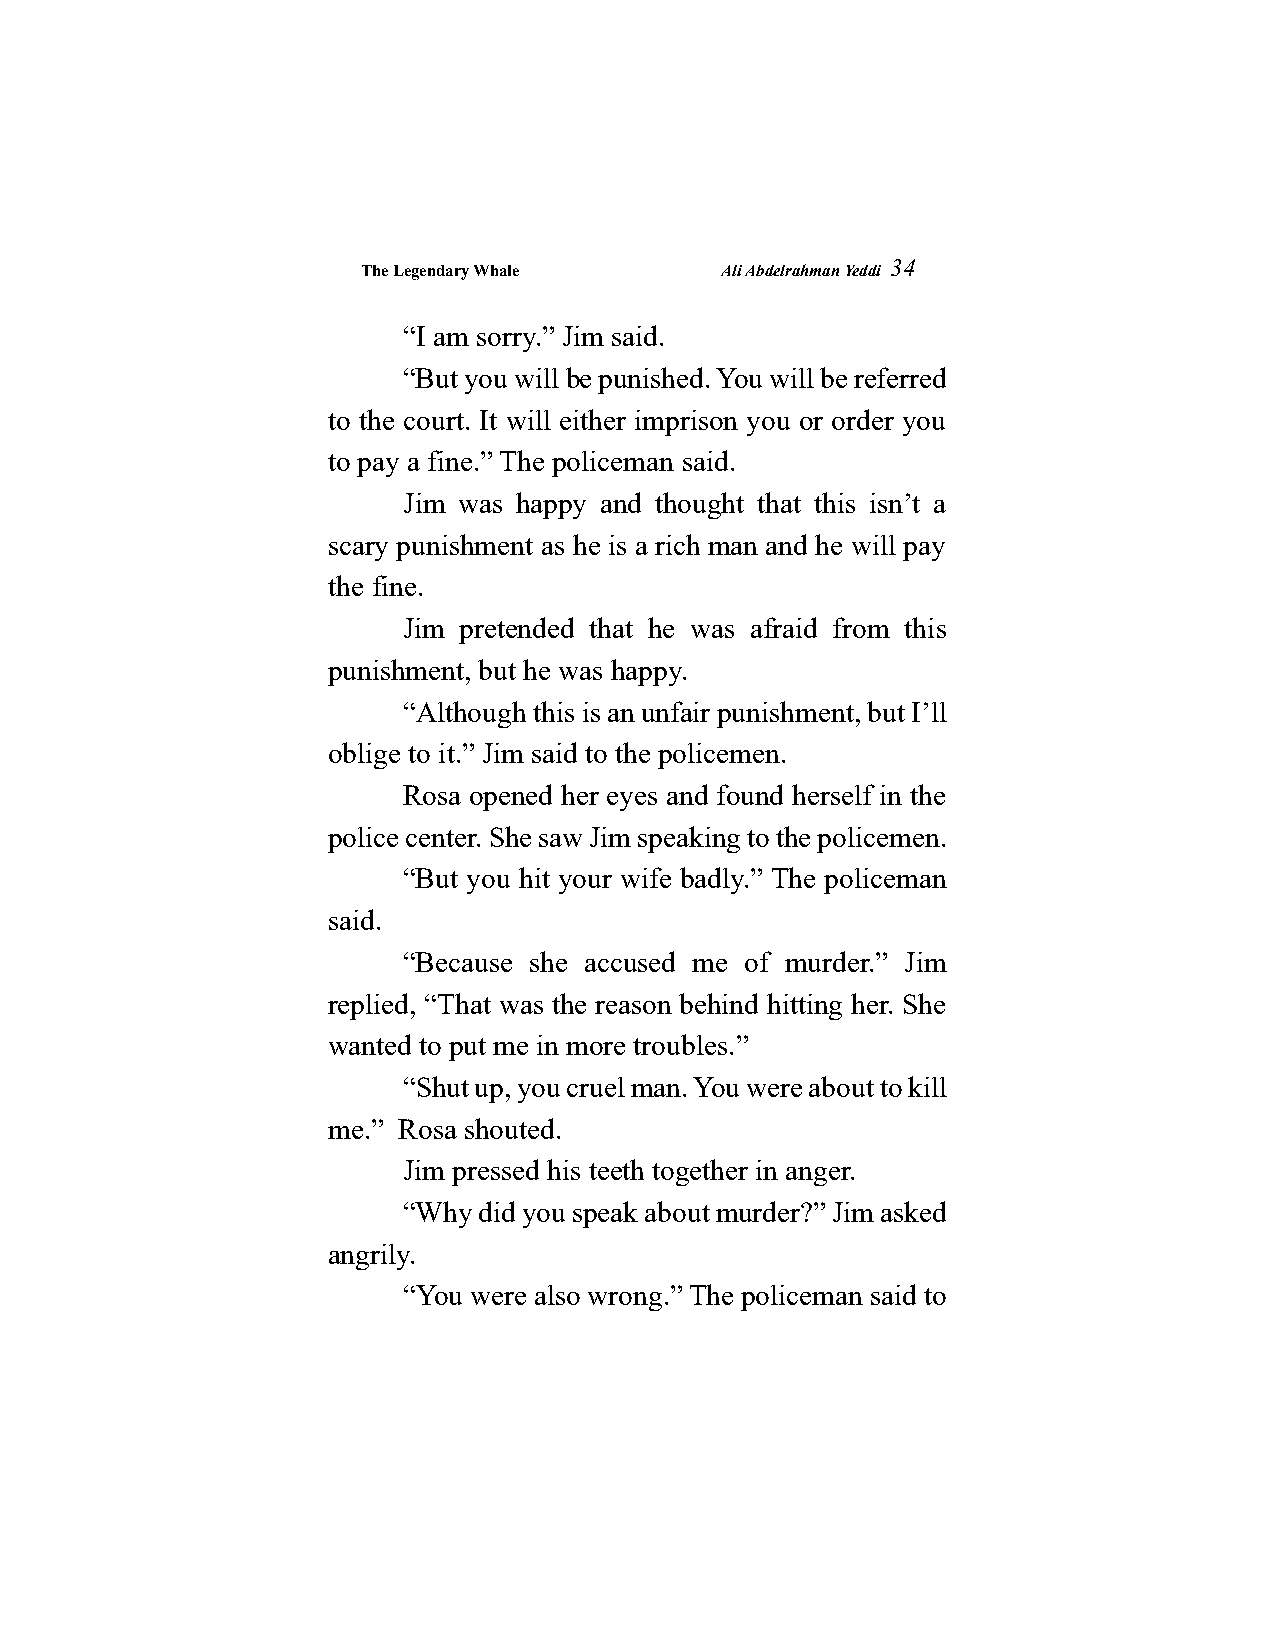
The Legendary Whale     Ali Abdelrahman Yeddi
 34
 “I am sorry.” Jim said.
 “But you will be punished. You will be referred
 to the court. It will either imprison you or order you
 to pay a fine.” The policeman said.
 Jim was happy and thought that this isn’t a
 scary punishment as he is a rich man and he will pay
 the fine.
 Jim pretended that he was afraid from this
 punishment, but he was happy.
 “Although this is an unfair punishment, but I’ll
 oblige to it.” Jim said to the policemen.
 Rosa opened her eyes and found herself in the
 police center. She saw Jim speaking to the policemen.
 “But you hit your wife badly.” The policeman
 said.
 “Because she accused me of murder.” Jim
 replied, “That was the reason behind hitting her. She
 wanted to put me in more troubles.”
 “Shut up, you cruel man. You were about to kill
 me.” Rosa shouted.
 Jim pressed his teeth together in anger.
 “Why did you speak about murder?” Jim asked
 angrily.
 “You were also wrong.” The policeman said to